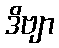
ဒိဗျာ